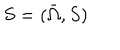
S = ( { \bar { \Omega } } , S )